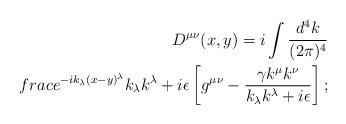
LaTeX: \begin{align*}D^{\mu\nu}(x,y) = i\int \frac{d^4k}{(2\pi)^4}\\frac{e^{-ik_\lambda(x-y)^\lambda}}{k_\lambda k^\lambda +i\epsilon}\left[g^{\mu\nu}-\frac{\gamma k^\mu k^\nu}{k_\lambda k^\lambda+ i\epsilon}\right];\end{align*}